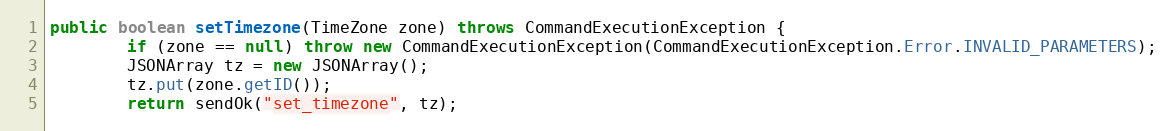
Language: Java
public boolean setTimezone(TimeZone zone) throws CommandExecutionException {
        if (zone == null) throw new CommandExecutionException(CommandExecutionException.Error.INVALID_PARAMETERS);
        JSONArray tz = new JSONArray();
        tz.put(zone.getID());
        return sendOk("set_timezone", tz);